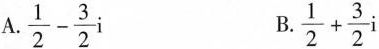
A.$$\frac { 1 } { 2 } - \frac { 3 } { 2 } i$$ B. $$\frac { 1 } { 2 } + \frac { 3 } { 2 } i$$